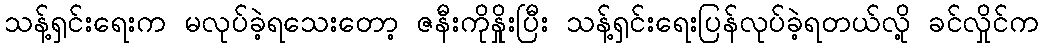
သန့်ရှင်းရေးက မလုပ်ခဲ့ရသေးတော့ ဇနီးကိုနှိုးပြီး သန့်ရှင်းရေးပြန်လုပ်ခဲ့ရတယ်လို့ ခင်လှိုင်က